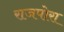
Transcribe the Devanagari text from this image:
राजपोरा